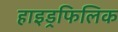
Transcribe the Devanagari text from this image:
हाइड्रफिलिक